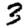
Digit: 3